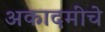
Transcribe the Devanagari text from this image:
अकादमींचे